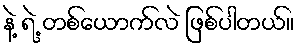
နဲ့ ရဲ့ တစ်ယောက်လဲ ဖြစ်ပါတယ်။